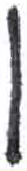
אות: ן